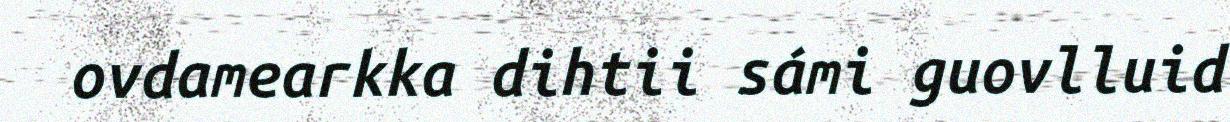
ovdamearkka dihtii sámi guovlluid